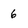
Character: 6